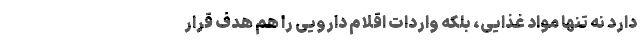
دارد نه تنها مواد غذایی، بلکه واردات اقلام دارویی را هم هدف قرار